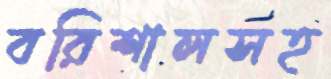
বরিশালসহ